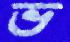
ভ